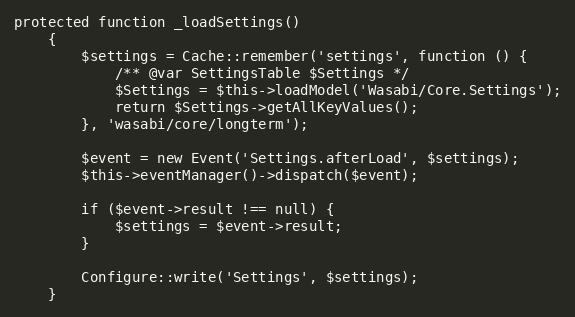
Language: PHP
protected function _loadSettings()
    {
        $settings = Cache::remember('settings', function () {
            /** @var SettingsTable $Settings */
            $Settings = $this->loadModel('Wasabi/Core.Settings');
            return $Settings->getAllKeyValues();
        }, 'wasabi/core/longterm');

        $event = new Event('Settings.afterLoad', $settings);
        $this->eventManager()->dispatch($event);

        if ($event->result !== null) {
            $settings = $event->result;
        }

        Configure::write('Settings', $settings);
    }